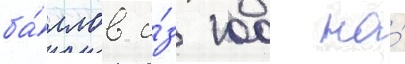
ба́ллов и́з 100 на́